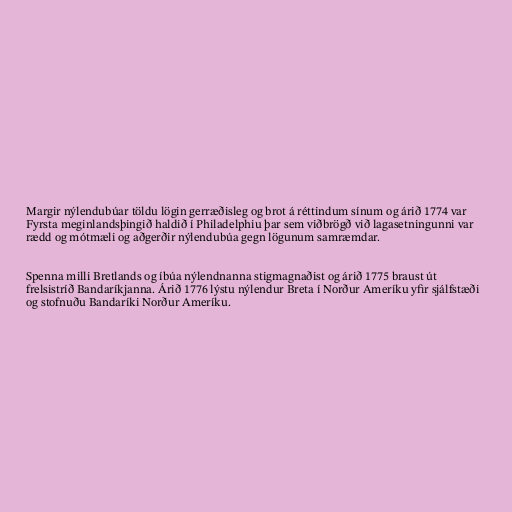
Margir nýlendubúar töldu lögin gerræðisleg og brot á réttindum sínum og árið 1774 var
Fyrsta meginlandsþingið haldið í Philadelphiu þar sem viðbrögð við lagasetningunni var
rædd og mótmæli og aðgerðir nýlendubúa gegn lögunum samræmdar.

Spenna milli Bretlands og íbúa nýlendnanna stigmagnaðist og árið 1775 braust út
frelsistríð Bandaríkjanna. Árið 1776 lýstu nýlendur Breta í Norður Ameríku yfir sjálfstæði
og stofnuðu Bandaríki Norður Ameríku.